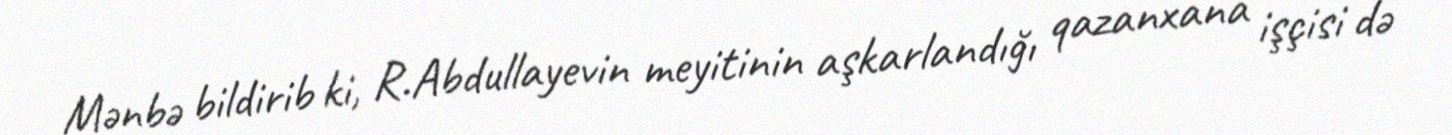
Mənbə bildirib ki, R.Abdullayevin meyitinin aşkarlandığı qazanxana işçisi də